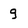
Character: g